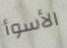
الأسوأ